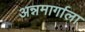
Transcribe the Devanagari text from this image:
अन्नमार्गाला